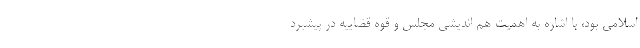
اسلامی بود، با اشاره به اهمیت هم اندیشی مجلس و قوه قضاییه در پیشبرد